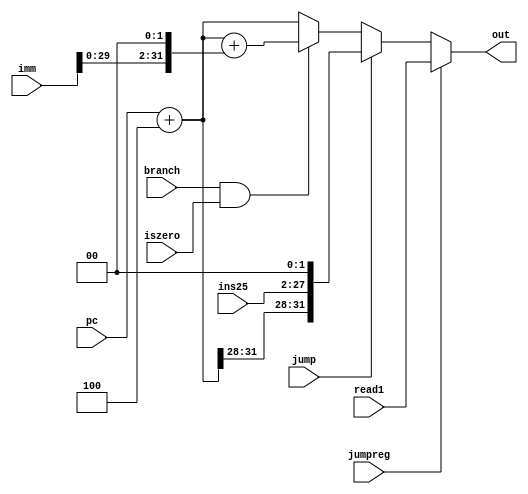
`timescale 1ns / 1ps
//////////////////////////////////////////////////////////////////////////////////
// Company: 
// Engineer: 
// 
// Design Name: 
// Module Name:    NPC 
// Project Name: 
// Target Devices: 
// Tool versions: 
// Description: 
//
// Dependencies: 
//
// Revision: 
// Revision 0.01 - File Created
// Additional Comments: 
//
//////////////////////////////////////////////////////////////////////////////////
module NPC(
    input [31:0] pc,
    input [31:0] imm,//extout
    input branch,
    input iszero,
    input jump,
	 input jumpreg,
    input [31:0] read1,
	 input [25:0] ins25,
    output reg [31:0] out
    );
    reg [31:0] p4;
	 reg [31:0] pimm;
	 reg [31:0] ishift;
	 reg [31:0] pj;
	 //reg [31:0] preg;
	// reg [31:0] out0;
	 //wire beq;
	 //assign beq = branch && iszero;wrong and why????
	 always@(*)begin
	    ishift = {imm[29:0],2'b00};
	    p4 = pc + 4;
		 pimm = p4 + ishift;//b type pc+4+imm
		 pj = {p4[31:28],ins25,2'b00};//j type composed of ins25
       if(jumpreg == 1) out = read1;//jump reg rs
       else if(jump == 1) out = pj;
       else if(branch == 1 && iszero == 1)  out = pimm;
       else out = p4;		 
	 end

endmodule